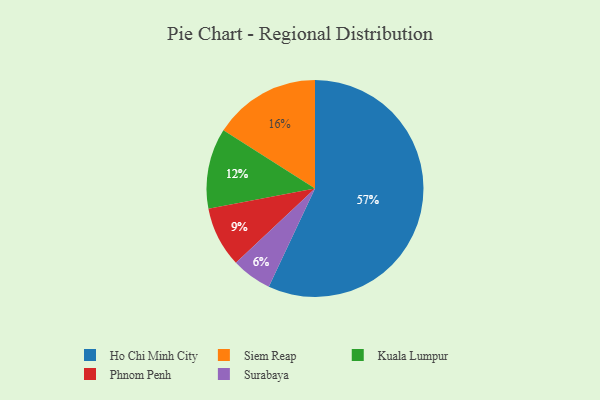
{"axis": {"x": "Category", "y": "Percentage"}, "legend": ["Ho Chi Minh City", "Kuala Lumpur", "Phnom Penh", "Siem Reap", "Surabaya"], "data": [{"x": "Kuala Lumpur", "y": 12, "type": "Kuala Lumpur"}, {"x": "Siem Reap", "y": 16, "type": "Siem Reap"}, {"x": "Surabaya", "y": 6, "type": "Surabaya"}, {"x": "Ho Chi Minh City", "y": 57, "type": "Ho Chi Minh City"}, {"x": "Phnom Penh", "y": 9, "type": "Phnom Penh"}]}